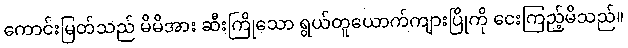
ကောင်းမြတ်သည် မိမိအား ဆီးကြိုသော ရွယ်တူယောက်ကျားပြိုကို ငေးကြည့်မိသည်။